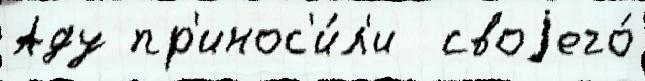
Аду пр'инос'и́л'и  своjего́